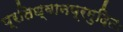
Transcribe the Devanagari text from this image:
प्रतिध्वानप्रमुदितः